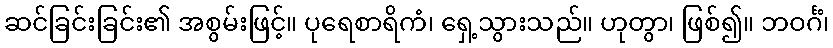
ဆင်ခြင်းခြင်း၏ အစွမ်းဖြင့်။ ပုရေစာရိကံ၊ ရှေ့သွားသည်။ ဟုတွာ၊ ဖြစ်၍။ ဘဝင်္ဂံ၊